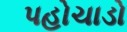
પહોચાડો